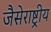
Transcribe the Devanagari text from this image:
जैसेराष्ट्रीय